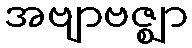
အဗျာဗဇ္ဈာ